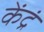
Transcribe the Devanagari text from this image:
केंद्रं